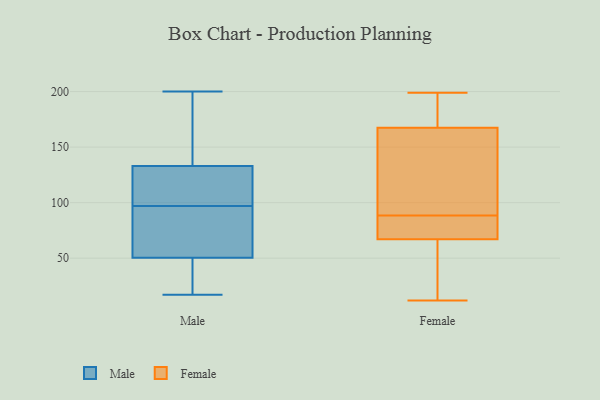
{"axis": {"x": "Production Output", "y": "Value"}, "legend": ["Female", "Male"], "data": [{"x": "", "y": 173, "type": "Male"}, {"x": "", "y": 26, "type": "Male"}, {"x": "", "y": 99, "type": "Male"}, {"x": "", "y": 76, "type": "Male"}, {"x": "", "y": 128, "type": "Male"}, {"x": "", "y": 63, "type": "Male"}, {"x": "", "y": 89, "type": "Male"}, {"x": "", "y": 190, "type": "Male"}, {"x": "", "y": 200, "type": "Male"}, {"x": "", "y": 115, "type": "Male"}, {"x": "", "y": 101, "type": "Male"}, {"x": "", "y": 17, "type": "Male"}, {"x": "", "y": 38, "type": "Male"}, {"x": "", "y": 95, "type": "Male"}, {"x": "", "y": 34, "type": "Male"}, {"x": "", "y": 138, "type": "Male"}, {"x": "", "y": 81, "type": "Female"}, {"x": "", "y": 31, "type": "Female"}, {"x": "", "y": 150, "type": "Female"}, {"x": "", "y": 74, "type": "Female"}, {"x": "", "y": 96, "type": "Female"}, {"x": "", "y": 69, "type": "Female"}, {"x": "", "y": 12, "type": "Female"}, {"x": "", "y": 110, "type": "Female"}, {"x": "", "y": 155, "type": "Female"}, {"x": "", "y": 65, "type": "Female"}, {"x": "", "y": 181, "type": "Female"}, {"x": "", "y": 199, "type": "Female"}, {"x": "", "y": 184, "type": "Female"}, {"x": "", "y": 180, "type": "Female"}, {"x": "", "y": 80, "type": "Female"}, {"x": "", "y": 13, "type": "Female"}]}